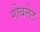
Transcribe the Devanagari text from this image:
गोबलेट